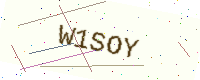
Text: W1SOY